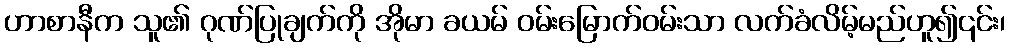
ဟာစာနီက သူ၏ ဂုဏ်ပြုချက်ကို အိုမာ ခယမ် ဝမ်းမြောက်ဝမ်းသာ လက်ခံလိမ့်မည်ဟူ၍၎င်း၊